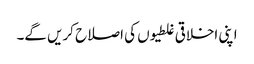
اپنی اخلاقی غلطیوں کی اصلاح کریں گے۔